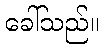
ခေါ်သည်။